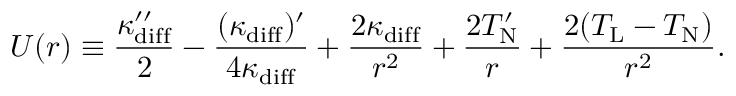
U ( r ) \equiv \frac { \kappa _ { \mathrm { d i f f } } ^ { \prime \prime } } { 2 } - \frac { ( \kappa _ { \mathrm { d i f f } } ) ^ { \prime } } { 4 \kappa _ { \mathrm { d i f f } } } + \frac { 2 \kappa _ { \mathrm { d i f f } } } { r ^ { 2 } } + \frac { 2 T _ { \mathrm { N } } ^ { \prime } } { r } + \frac { 2 ( T _ { \mathrm { L } } - T _ { \mathrm { N } } ) } { r ^ { 2 } } .